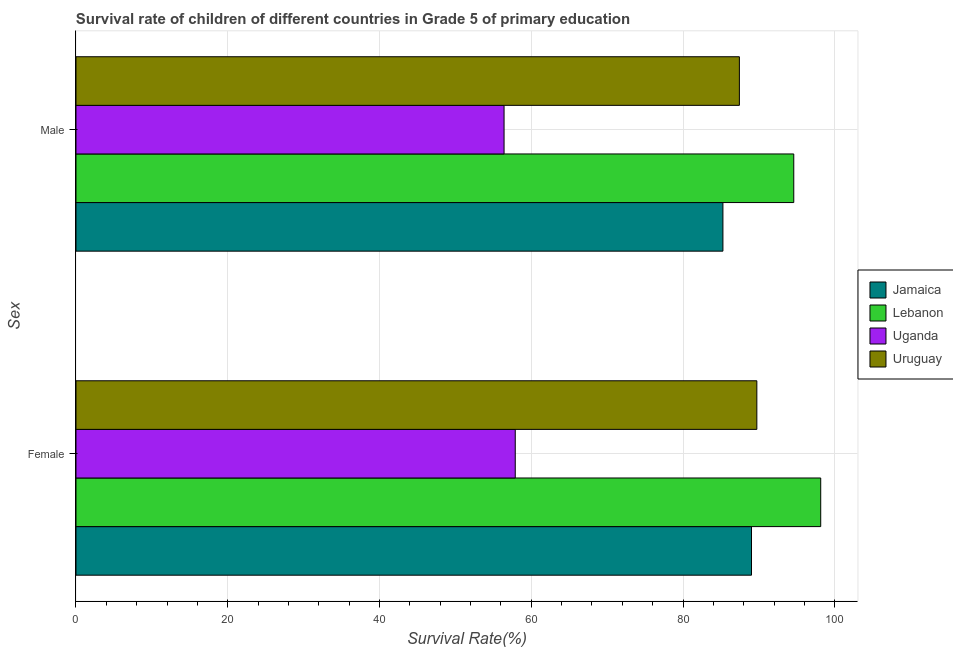
| Sex | Jamaica | Lebanon | Uganda | Uruguay |
 | --- | --- | --- | --- | --- |
 | Female | 89 | 98.2 | 57.9 | 89.7 |
 | Male | 85.3 | 94.6 | 56.4 | 87.4 |